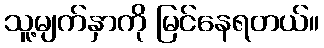
သူ့မျက်နှာကို မြင်နေရတယ်။